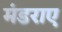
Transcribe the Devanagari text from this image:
मंडराए